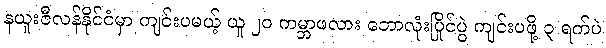
နယူးဇီလန်နိုင်ငံမှာ ကျင်းပမယ့် ယူ ၂၀ ကမ္ဘာဖလား ဘောလုံးပြိုင်ပွဲ ကျင်းပဖို့ ၃ ရက်ပဲ